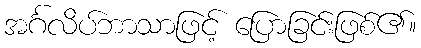
အင်္ဂလိပ်ဘာသာဖြင့် ပြောခြင်းဖြစ်၏။